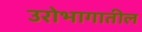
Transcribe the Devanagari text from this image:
उरोभागातील